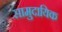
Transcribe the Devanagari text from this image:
सामुदायिक